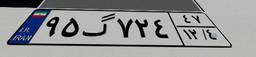
۶۵گ۷۶۵۱۸